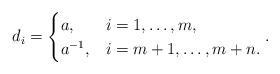
LaTeX: \begin{align*}d_{i} = \begin{cases} a, & i=1, \dotsc , m, \\ a^{-1}, & i=m+1, \dotsc , m+n.\end{cases}. \end{align*}